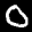
Label: 0